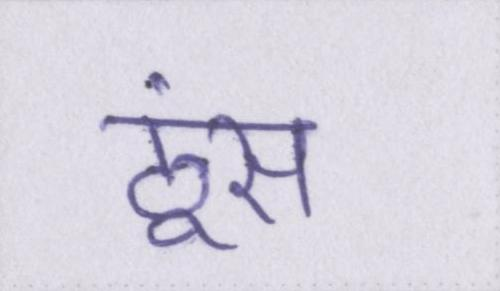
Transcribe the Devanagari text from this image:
ठूंस